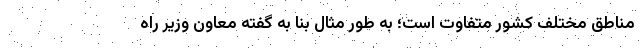
مناطق مختلف کشور متفاوت است؛ به طور مثال بنا به گفته معاون وزیر راه